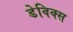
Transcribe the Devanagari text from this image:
डेविक्स